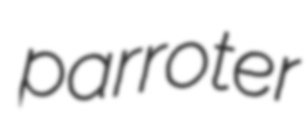
parroter